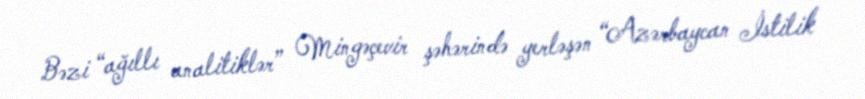
Bəzi “ağıllı analitiklər” Mingəçevir şəhərində yerləşən “Azərbaycan İstilik